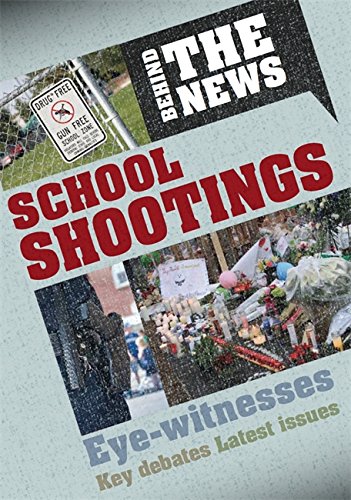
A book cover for School Shootings (Behind the News); Philip Steele; Teen & Young Adult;